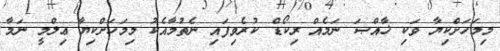
މިމަހަށްކިޔާ ވަކި ޚާއްޞަ ނަމެއް ރިކޯޑް ކުރެވިފައި ނެތުމާއެކު މިމަހަށްކިޔާ ޢިލްމީ ނަމާ